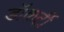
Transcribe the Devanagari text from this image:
डॉकर्टी